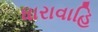
ધારાવાહિ